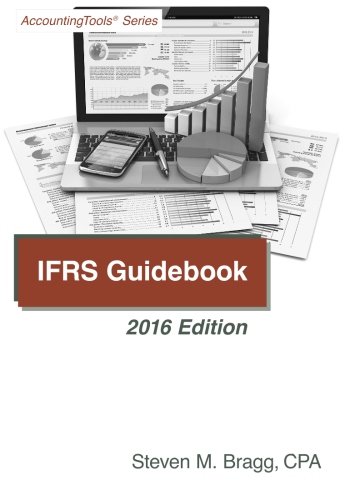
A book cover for IFRS Guidebook: 2016 Edition; Steven M. Bragg; Business & Money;